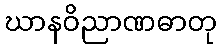
ဃာနဝိညာဏဓာတု